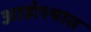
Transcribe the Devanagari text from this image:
आडोश्यात